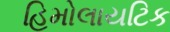
હિમોલાયટિક